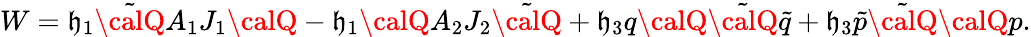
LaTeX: W=\mathfrak{h}_{1}\tilde{{\calQ}}A_{1}J_{1}{\calQ}-\mathfrak{h}_{1}{\calQ}A_{2}J_{2}\tilde{{\calQ}}+\mathfrak{h}_{3}q{\calQ}\tilde{{\calQ}}\tilde{{q}}+\mathfrak{h}_{3}\tilde{{p}}\tilde{{\calQ}}{\calQ}p.